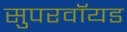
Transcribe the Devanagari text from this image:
सुपरवॉयड